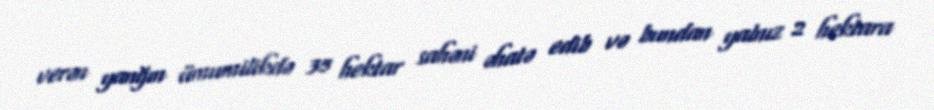
verən yanğın ümumilikdə 35 hektar sahəni əhatə edib və bundan yalnız 2 hektara